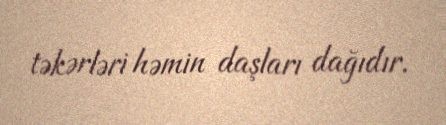
təkərləri həmin daşları dağıdır.